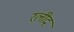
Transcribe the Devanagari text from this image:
रलीद